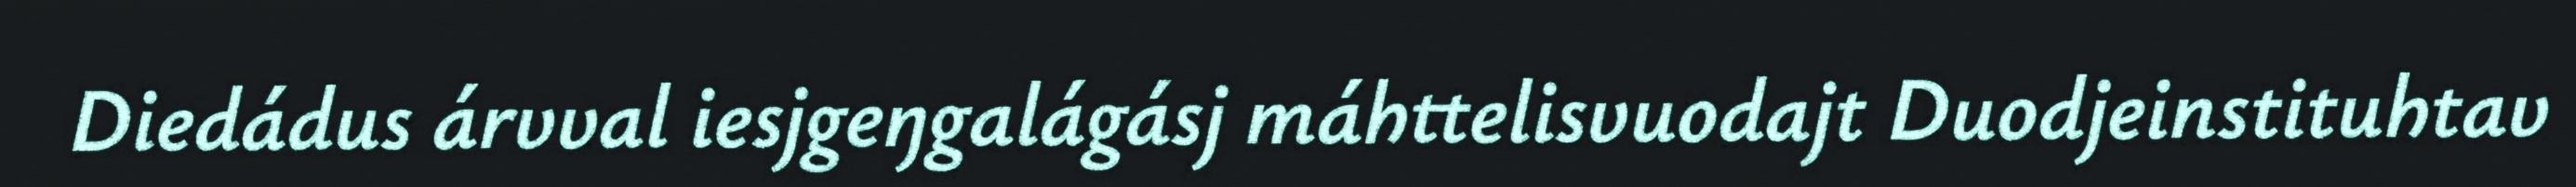
Diedádus árvval iesjgeŋgalágásj máhttelisvuodajt Duodjeinstituhtav